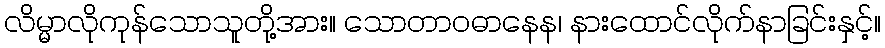
လိမ္မာလိုကုန်သောသူတို့အား။ သောတာဝဓာနေန၊ နားထောင်လိုက်နာခြင်းနှင့်။